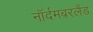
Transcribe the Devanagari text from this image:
नॉर्दमबरलैंड